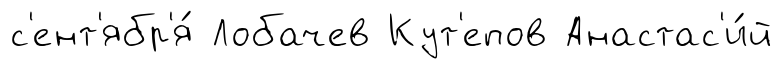
с'ент'ябр'я́ Лобачев Кут'епов Анастас'и́й